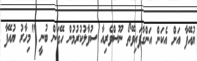
ޔުއޭފާ އަށް އެކަން އަންގާފައިވޭތޯ ނޫސްވެރިއާ ސުވާލުކުރުމުން ހޭގަން ބުނީ "މިހާރު ޔުއޭފާ